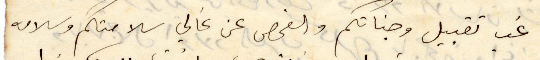
غب تقبيل وجناتكم والفحص عن غالي سلامتكم وسلامة